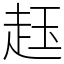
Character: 䞝